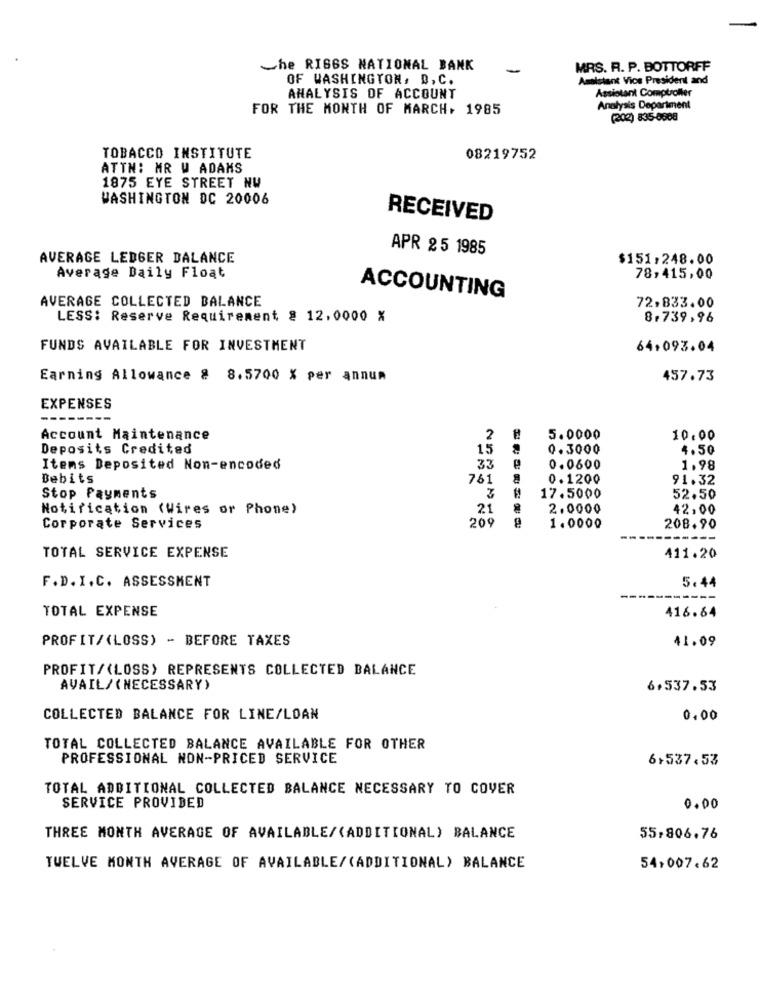
Che RIGGS NATIONAL BANK
-
MRS. R. P. BOTTORFF
OF WASHINGTON, D.C.
Assistant Vice President and
Assistant Comptroller
ANALYSIS OF ACCOUNT
FOR THE MONTH OF MARCH, 1985
Analysis Department
(202) 835-8688
TOBACCO INSTITUTE
08219752
ATTN: MR W ADAMS
1875 EYE STREET NW
WASHINGTON DC 20006
RECEIVED
APR 25 1985
AVERAGE LEDGER DALANCE
$151,248.00
Average Daily Float
78,415,00
AVERAGE COLLECTED BALANCE
ACCOUNTING
72,833.00
LESS: Reserve Requirement § 12.0000 %
8.739,96
FUNDS AVAILABLE FOR INVESTMENT
64,093.04
Earning Allowance & 8.5700 % per annum
457.73
EXPENSES
--------
Account Maintenance
2
5.0000
10.00
Deposits Credited
15
0.3000
4.50
Items Deposited Non-encoded
33
0.0600
1.98
Bebits
761
0.1200
91.32
Stop Payments
#
17.5000
52.50
Notification (Wires or Phone)
21
2.0000
42,00
201
Corporate Services
1.0000
208.90
TOTAL SERVICE EXPENSE
411.20
F.D. I. C. ASSESSMENT
5.44
TOTAL EXPENSE
416.64
PROFIT/(LOSS) - BEFORE TAXES
41.09
PROFIT/(LOSS) REPRESENTS COLLECTED BALANCE
AVAIL/( NECESSARY)
6.537.53
COLLECTED BALANCE FOR LINE/LDAN
0.00
TOTAL COLLECTED BALANCE AVAILABLE FOR OTHER
PROFESSIONAL NON-PRICED SERVICE
6+537.53
TOTAL ADDITIONAL COLLECTED BALANCE NECESSARY TO COVER
SERVICE PROVIDED
0.00
THREE MONTH AVERAGE OF AVAILABLE/(ADDITIONAL) BALANCE
55,806.76
TWELVE MONTH AVERAGE OF AVAILABLE/(ADDITIONAL) BALANCE
54,007.62